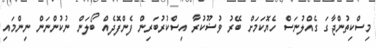
މިސްކިތުންޖާގަ ގެއްލުނަސް ހެޔޮކަމަށް ބޭރު ވުޟޫކުރާ އިސްކުރުބަރިން ފެންފޮދެއް ބޯލަން ނުކުންނަން ނިންމައި